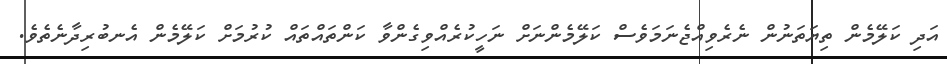
އަދި ކަލޭމެން ތިޔަތަނުން ނެރެވިއްޖެނަމަވެސް ކަލޭމެންނަށް ނަހީކުރެއްވިގެންވާ ކަންތައްތައް ކުރުމަށް ކަލޭމެން އެނބުރިދާނެތެވެ.